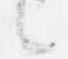
言